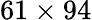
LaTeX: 61\times 94